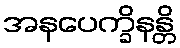
အနပေက္ခိနန္တိ